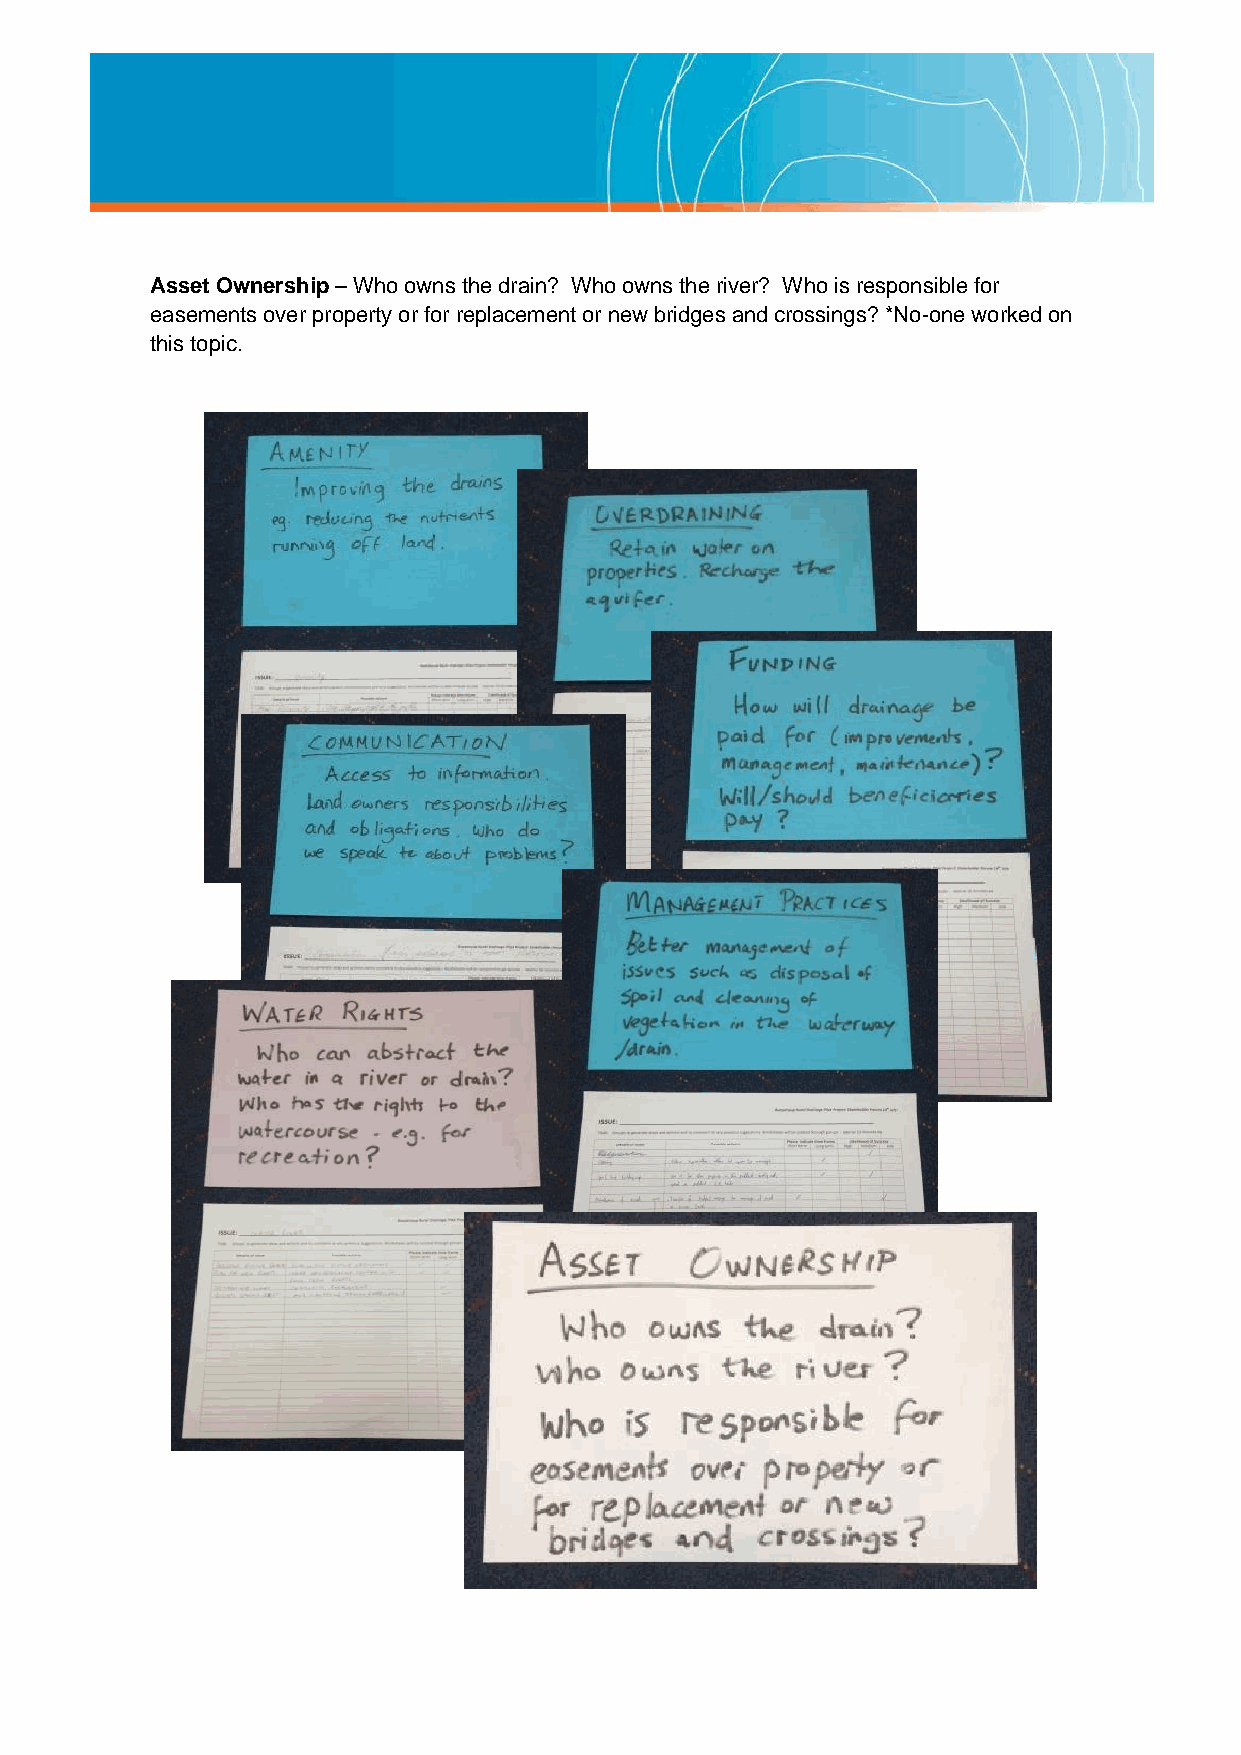
Asset Ownership – Who owns the drain? Who owns the river? Who is responsible for
 easements over property or for replacement or new bridges and crossings? *No-one worked on
 this topic.